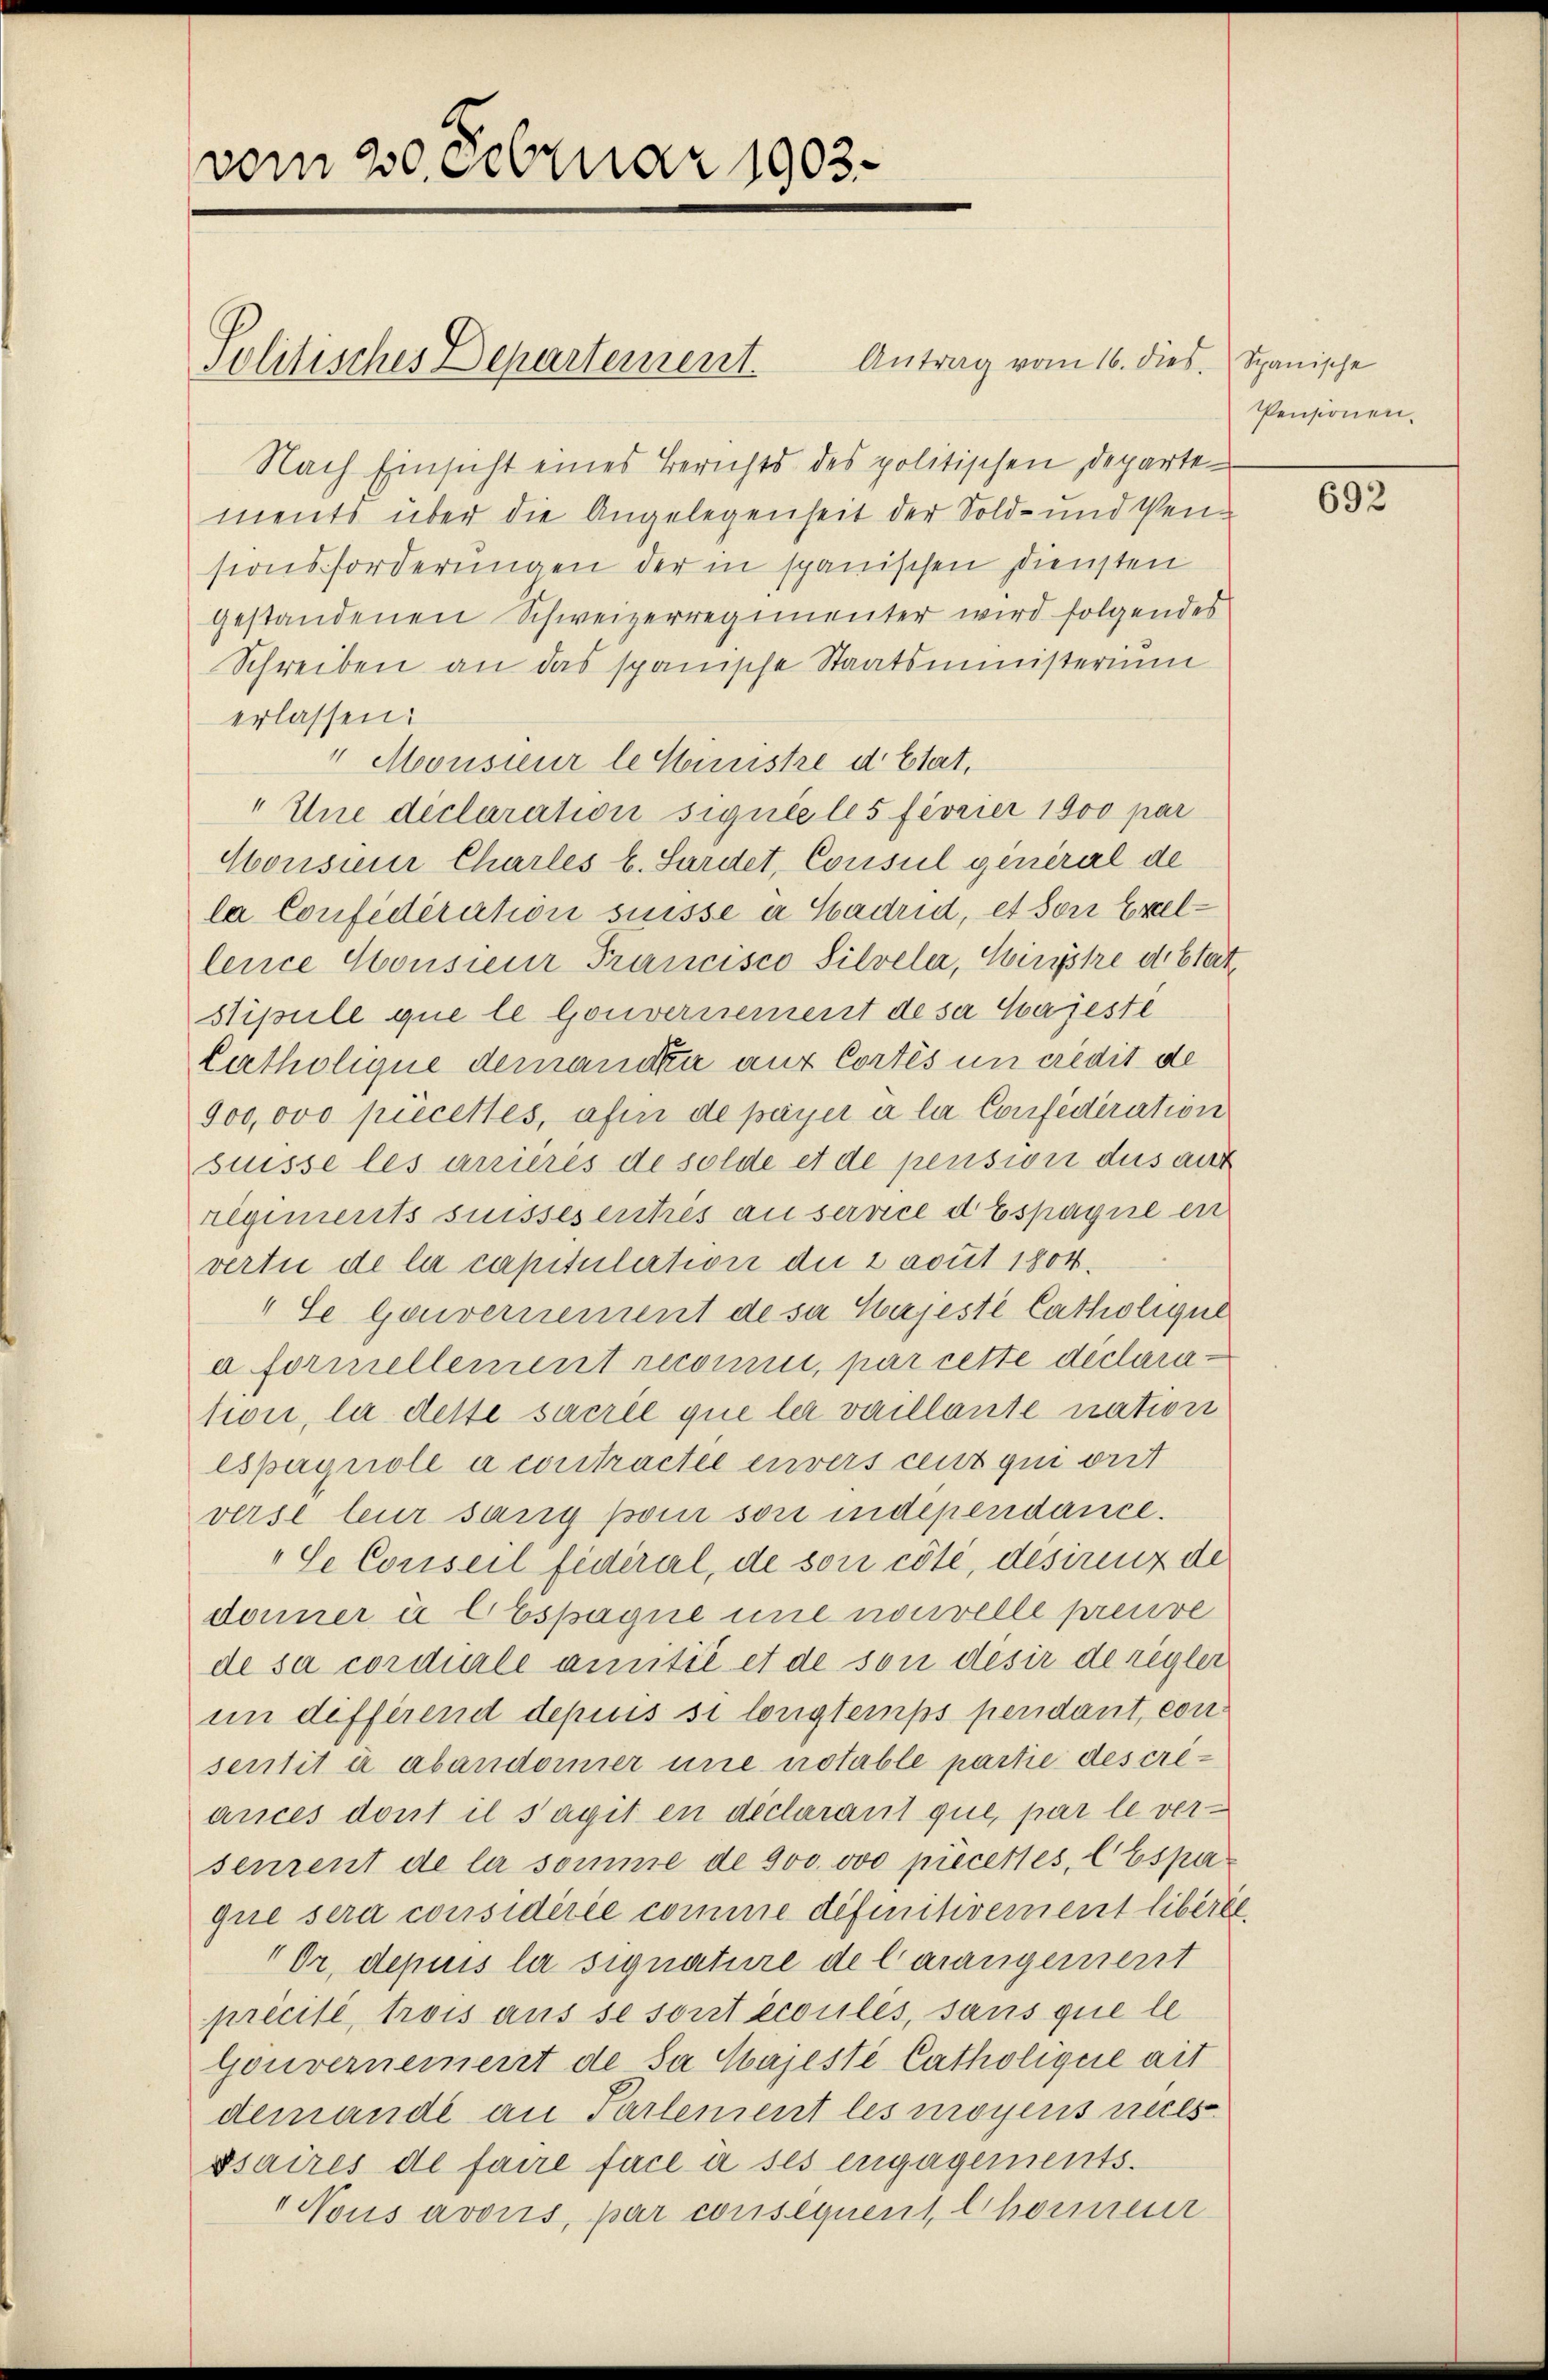
vom 20. Februar 1903.

Politisches Departement.

Antrag vom 16. dies. Spanische
Nach Einsicht eines Berichts des politischen Departements über die Angelegenheit der Sold- und Versionsforderungen der in spanischen Diensten
gestandenen Schweizerregimenter wird folgendes
Schreiben an das spanische Staatsministerium
erlassen:
" Mousieur le Ministre d Etat,
"Une déclaration signeele 5 féorier 1900 par
Cousien Charles l. Sardet, Consul general de
la Confédération süsse in Hadrid, et sori Exellence Konsieur Francisco Silvela, Wirste distat¬
Stipule que le Gouvernement de sa majeste
Catholique demann auf Cortes un credit de
900,000 piecettes, afin de payer à la Confideration
suisse les anières de solde et de pension des auf
regiments suissesentés au service d Espagne en
vertu de le capitulirtion die 2 avut 1804.
„Se Gouvernement de sa Kajesté Catholigul
a formellement reconi, par cette déclaraton, la desse sacrée que ler vaillante nation
Espagnole a contracte einvers cent qui ont
verst teur sang pom son independance.
„Se Conseil fédéral, de son côté, désirenz de
damer in Abspagne une nouvelle preuve
de sa cordirle amitié et de son desir de regler
in differend depuis si longtemps pendant, con
sentit er abandoner une notable partie des creances dont il s’agit en déclarant que, par le versenrent de la somme de 300 ovo piecettes, Espaque sera considérée comme definitivement libérée
" Dr. depuis la signature de Carangement
précisé, trois aus se sont écoules, sans que le
Gouvernement de sa Majesté Catholique ait
demande an Partement les moyens reces
ssaires de faire face à ses engagements.
 Nous avouis, par consequent Chorneur

Pensionen.

692